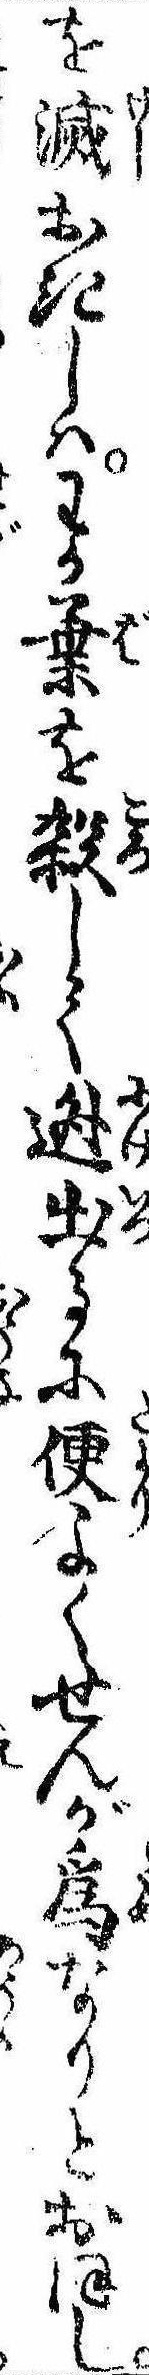
を滅おきしはわか葉を殺して逃出るに便よくせんが為なりとおぼし